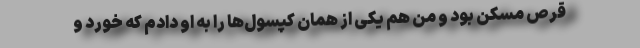
قرص مسکن بود و من هم یکی از همان کپسول‌ها را به او دادم که خورد و